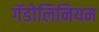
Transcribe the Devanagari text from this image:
गॅडोलिनियम